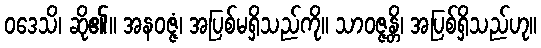
ဝဒေသိ၊ ဆို၏။ အနဝဇ္ဇံ၊ အပြစ်မရှိသည်ကို။ သာဝဇ္ဇန္တိ၊ အပြစ်ရှိသည်ဟု။